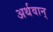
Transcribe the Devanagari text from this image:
अर्थवान्‌